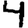
Digit: 4